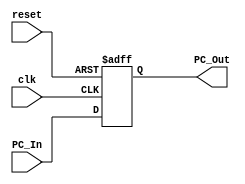
// Code your design here
module Program_Counter(
  input clk, 
  input reset,
  input [63:0] PC_In,
  output reg [63:0] PC_Out
);
  
  always@(posedge clk or posedge reset)
    begin 
      if (reset)
        begin
          PC_Out = 0;
        end
      else
        begin
          PC_Out = PC_In;
        end
    end
endmodule